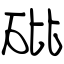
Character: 砒